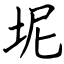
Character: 坭